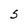
Character: 5